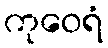
ကုဝေရံ